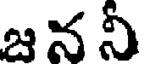
జ న నీ